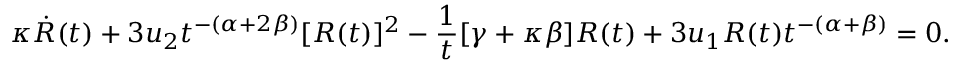
\kappa \Dot { R } ( t ) + 3 u _ { 2 } t ^ { - ( \alpha + 2 \beta ) } [ R ( t ) ] ^ { 2 } - \frac { 1 } { t } [ \gamma + \kappa \beta ] R ( t ) + 3 u _ { 1 } R ( t ) t ^ { - ( \alpha + \beta ) } = 0 .